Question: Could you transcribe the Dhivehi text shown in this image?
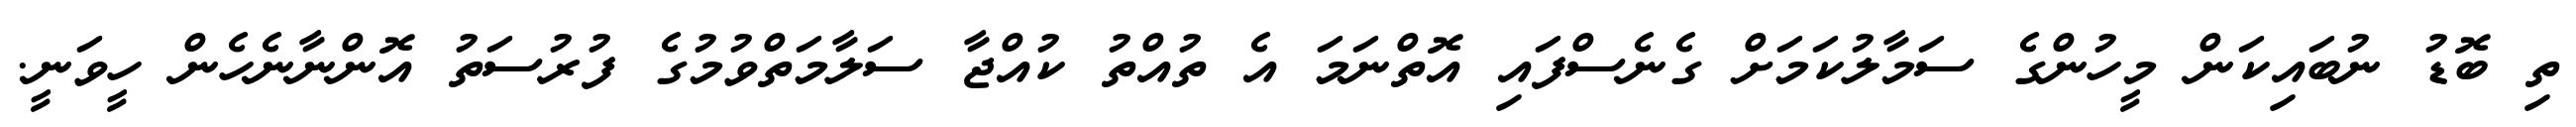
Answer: ތި ބޮޑު ނުބައިކަން މީހުންގެ ސަމާލުކަމަށް ގެނެސްފައި އޮތްނަމަ އެ ތުއްތު ކުއްޖާ ސަލާމަތްވުމުގެ ފުރުސަތު އޮންނާނެހެން ހީވަނީ.